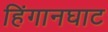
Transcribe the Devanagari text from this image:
हिंगानघाट